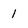
Character: 1